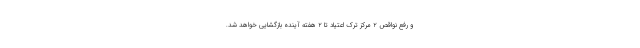
و رفع نواقص ۲ مرکز ترک اعتیاد تا ۲ هفته آینده بازگشایی خواهد شد.